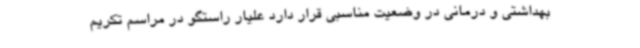
بهداشتی و درمانی در وضعیت مناسبی قرار دارد علیار راستگو در مراسم تکریم